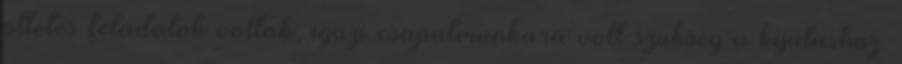
otletes feladatok voltak, igazi csapatmunkara volt szukseg a kijutashoz.